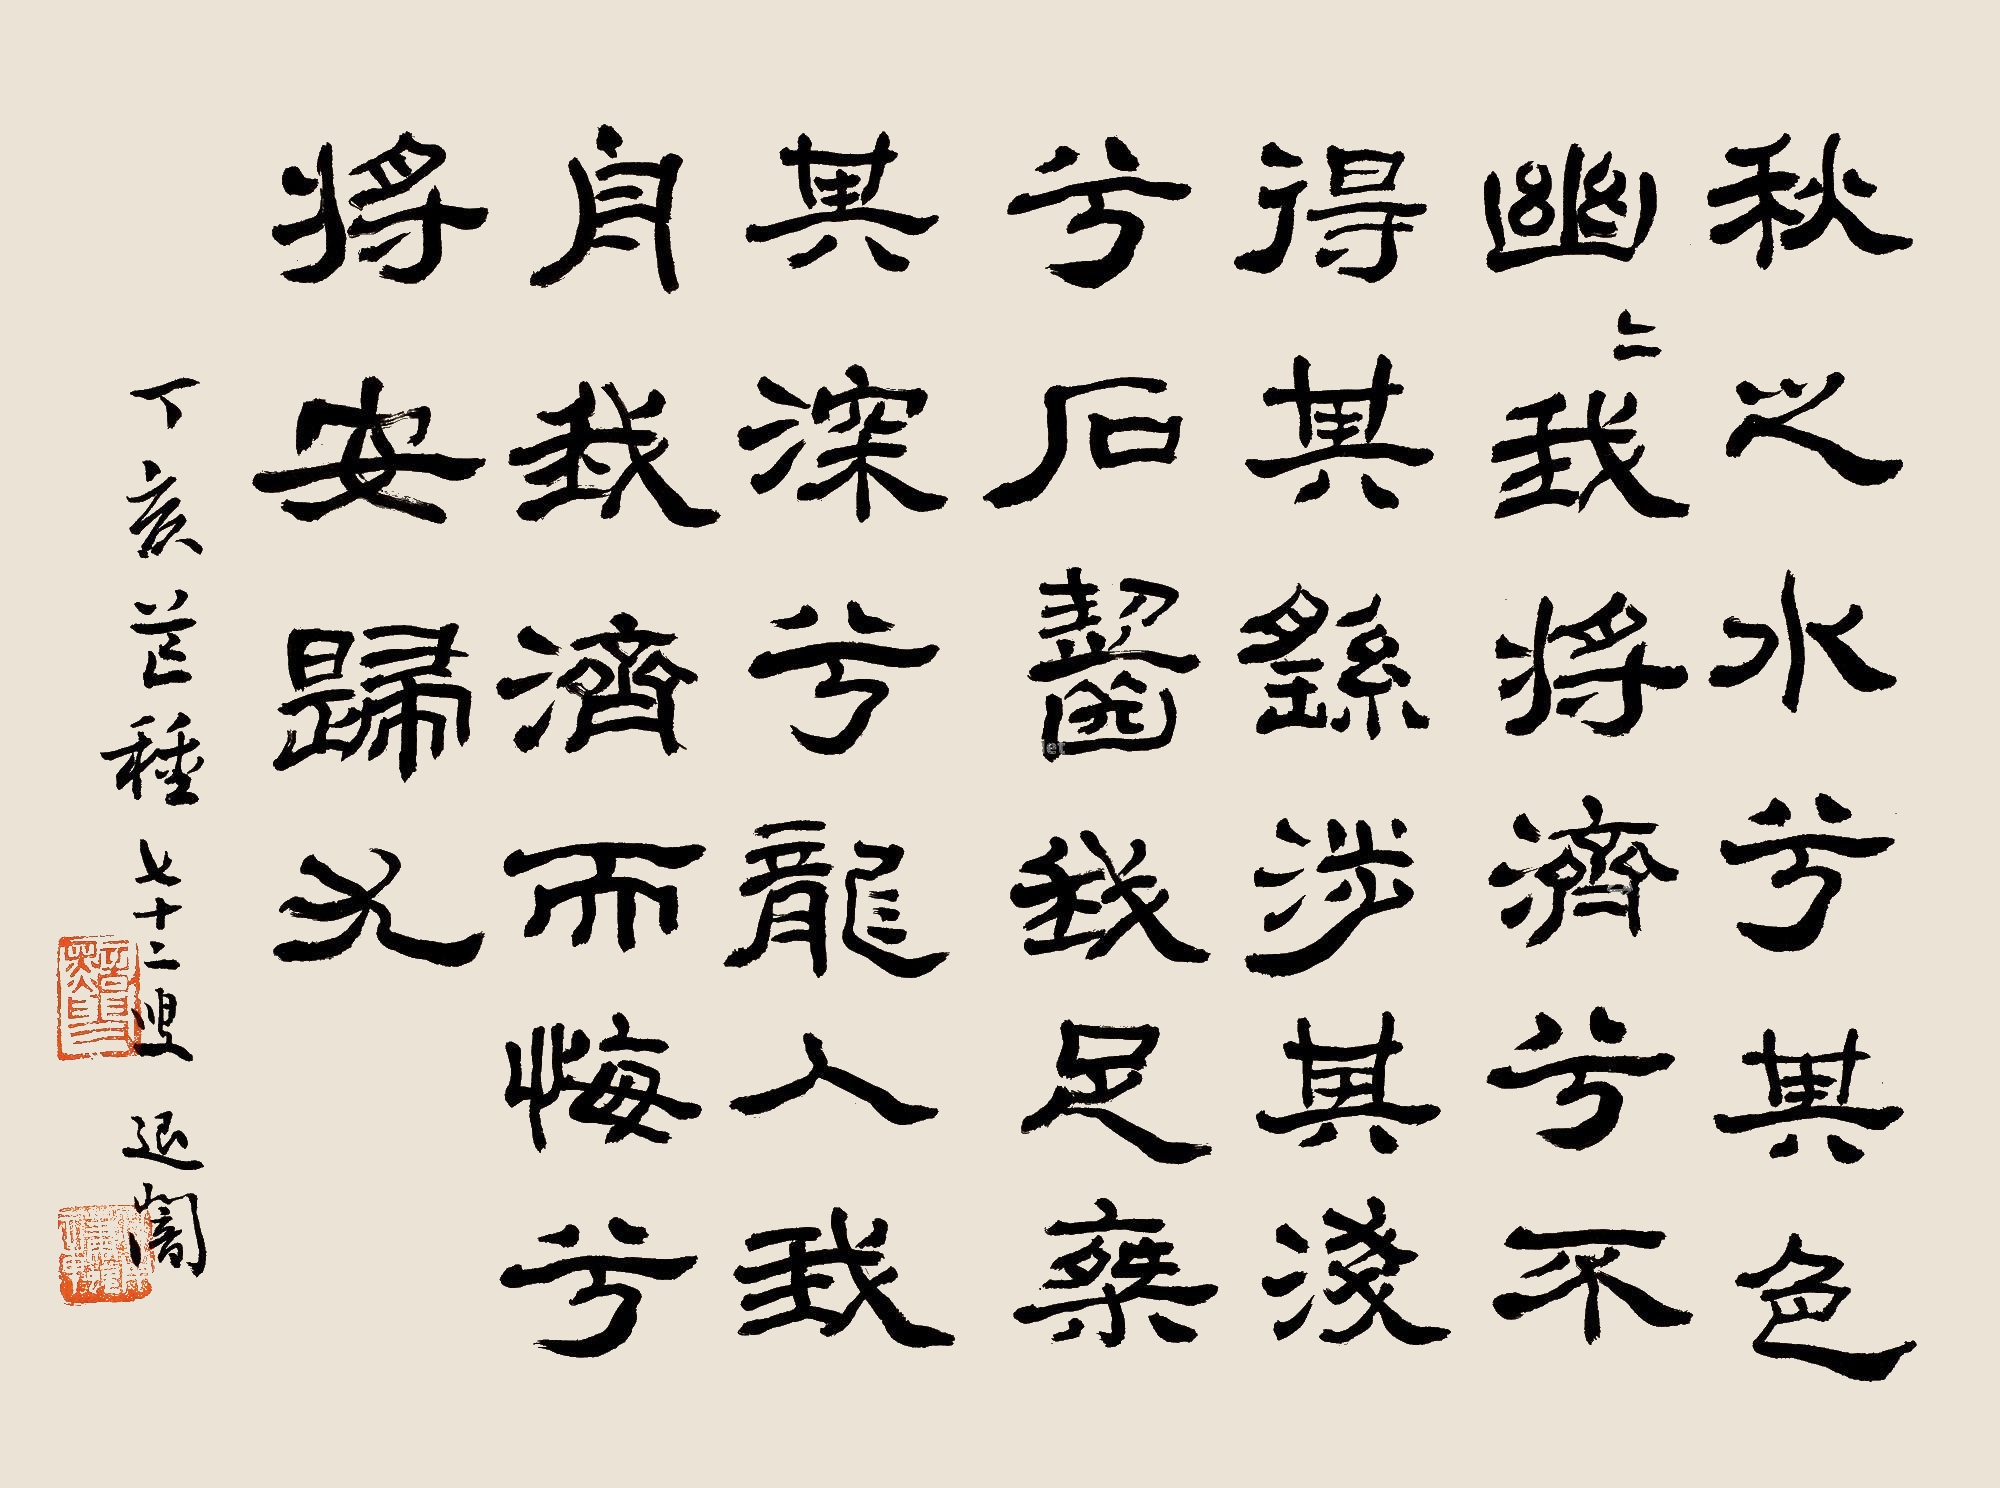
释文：秋之水兮，其色幽幽；我将济兮，不得其由。涉其浅兮，石啮我足；乘其深兮，龙入我舟。我济而悔兮，将安归尤。丁亥芒种，七十二叟，退暗。